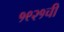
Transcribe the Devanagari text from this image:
१९२१ची